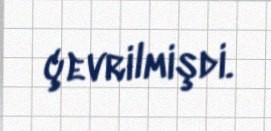
çevrilmişdi.